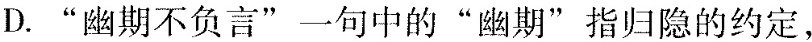
D."幽期不负言"一句中的“幽期”指归隐的约定，